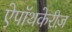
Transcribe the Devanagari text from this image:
ऐपॉथकेरीज़